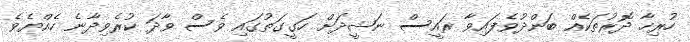
ހުރިހާ ދޮރުތަކެއް ބަންދުވެފައިވާ ރައީސް ނަޝީދަށް ހަގީގަތުގައި ވެސް ވާދަ ކުރެވިދާނެ ހެއްޔެވެ